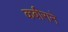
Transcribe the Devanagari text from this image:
कबीराने